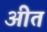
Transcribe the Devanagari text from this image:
अीत